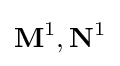
\mathbf {M} ^{1},\mathbf {N} ^{1}